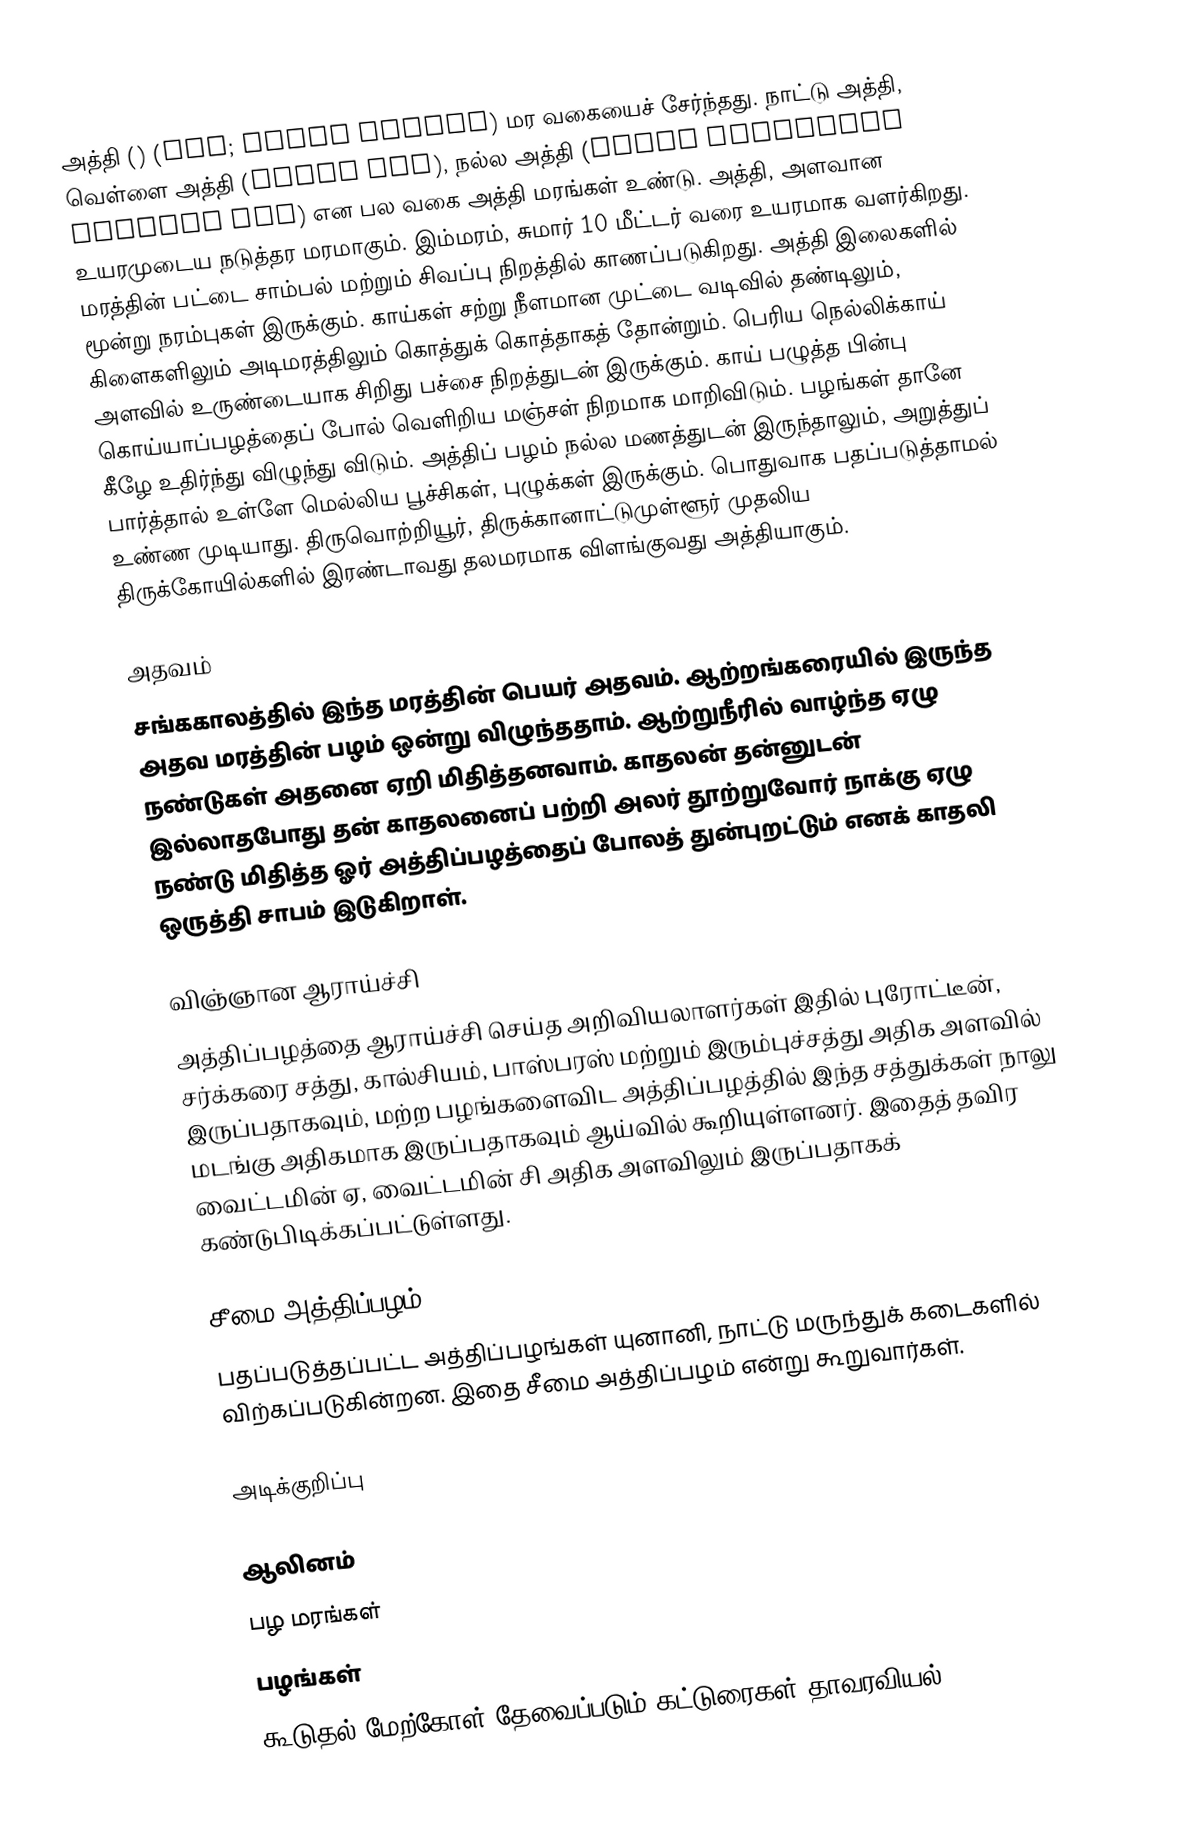
அத்தி () (fig; Ficus carica) மர வகையைச் சேர்ந்தது. நாட்டு அத்தி, வெள்ளை அத்தி (GULAR FIG), நல்ல அத்தி (FICUS GLOMERATA CLUSTER FIG)  என பல வகை அத்தி மரங்கள் உண்டு.  அத்தி, அளவான உயரமுடைய நடுத்தர மரமாகும். இம்மரம், சுமார் 10 மீட்டர் வரை உயரமாக வளர்கிறது. மரத்தின் பட்டை சாம்பல் மற்றும் சிவப்பு நிறத்தில் காணப்படுகிறது. அத்தி இலைகளில் மூன்று நரம்புகள் இருக்கும். காய்கள் சற்று நீளமான முட்டை வடிவில் தண்டிலும், கிளைகளிலும் அடிமரத்திலும் கொத்துக் கொத்தாகத் தோன்றும். பெரிய நெல்லிக்காய் அளவில் உருண்டையாக சிறிது பச்சை நிறத்துடன் இருக்கும். காய் பழுத்த பின்பு கொய்யாப்பழத்தைப் போல் வெளிறிய மஞ்சள் நிறமாக மாறிவிடும். பழங்கள் தானே கீழே உதிர்ந்து விழுந்து விடும். அத்திப் பழம் நல்ல மணத்துடன் இருந்தாலும், அறுத்துப் பார்த்தால் உள்ளே மெல்லிய பூச்சிகள், புழுக்கள் இருக்கும். பொதுவாக பதப்படுத்தாமல் உண்ண முடியாது. திருவொற்றியூர், திருக்கானாட்டுமுள்ளூர் முதலிய திருக்கோயில்களில் இரண்டாவது தலமரமாக விளங்குவது அத்தியாகும்.

அதவம்
சங்ககாலத்தில் இந்த மரத்தின் பெயர் அதவம். ஆற்றங்கரையில் இருந்த அதவ மரத்தின் பழம் ஒன்று விழுந்ததாம். ஆற்றுநீரில் வாழ்ந்த ஏழு நண்டுகள் அதனை ஏறி மிதித்தனவாம். காதலன் தன்னுடன் இல்லாதபோது தன் காதலனைப் பற்றி அலர் தூற்றுவோர் நாக்கு ஏழு நண்டு மிதித்த ஓர் அத்திப்பழத்தைப் போலத் துன்புறட்டும் எனக் காதலி ஒருத்தி சாபம் இடுகிறாள்.

விஞ்ஞான ஆராய்ச்சி
அத்திப்பழத்தை ஆராய்ச்சி செய்த அறிவியலாளர்கள் இதில் புரோட்டீன், சர்க்கரை சத்து, கால்சியம், பாஸ்பரஸ் மற்றும் இரும்புச்சத்து அதிக அளவில் இருப்பதாகவும், மற்ற பழங்களைவிட அத்திப்பழத்தில் இந்த சத்துக்கள் நாலு மடங்கு அதிகமாக இருப்பதாகவும் ஆய்வில் கூறியுள்ளனர். இதைத் தவிர வைட்டமின் ஏ, வைட்டமின் சி அதிக அளவிலும் இருப்பதாகக் கண்டுபிடிக்கப்பட்டுள்ளது.

சீமை அத்திப்பழம்
பதப்படுத்தப்பட்ட அத்திப்பழங்கள் யுனானி, நாட்டு மருந்துக் கடைகளில் விற்கப்படுகின்றன. இதை சீமை அத்திப்பழம் என்று கூறுவார்கள்.

அடிக்குறிப்பு

ஆலினம்
பழ மரங்கள்
பழங்கள்
கூடுதல் மேற்கோள் தேவைப்படும் கட்டுரைகள்-தாவரவியல்